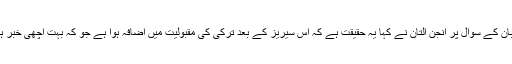
میزبان کے سوال پر انجن التان نے کہا یہ حقیقت ہے کہ اس سیریز کے بعد ترکی کی مقبولیت میں اضافہ ہوا ہے جو کہ بہت اچھی خبر ہے ۔